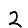
Digit: 2